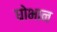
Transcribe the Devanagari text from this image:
घोभान